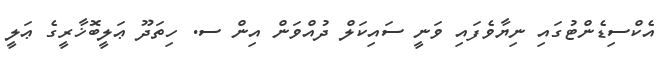
އެކްސިޑެންޓުގައި ނިޔާވެފައި ވަނީ ސައިކަލް ދުއްވަން އިން ސ. ހިތަދޫ ޢަލީބޮޚާރީގެ ޢަލީ